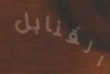
القنابل